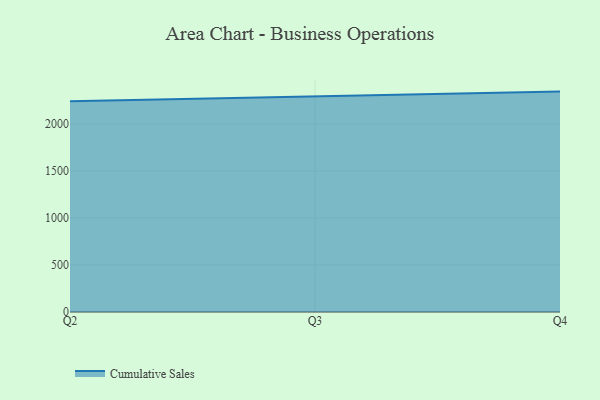
{"axis": {"x": "Quarter", "y": "Operating Costs (USD K)"}, "legend": ["Cumulative Sales"], "data": [{"x": "Q2", "y": 2243.1, "type": "Cumulative Sales"}, {"x": "Q3", "y": 2296.4, "type": "Cumulative Sales"}, {"x": "Q4", "y": 2345.1, "type": "Cumulative Sales"}]}